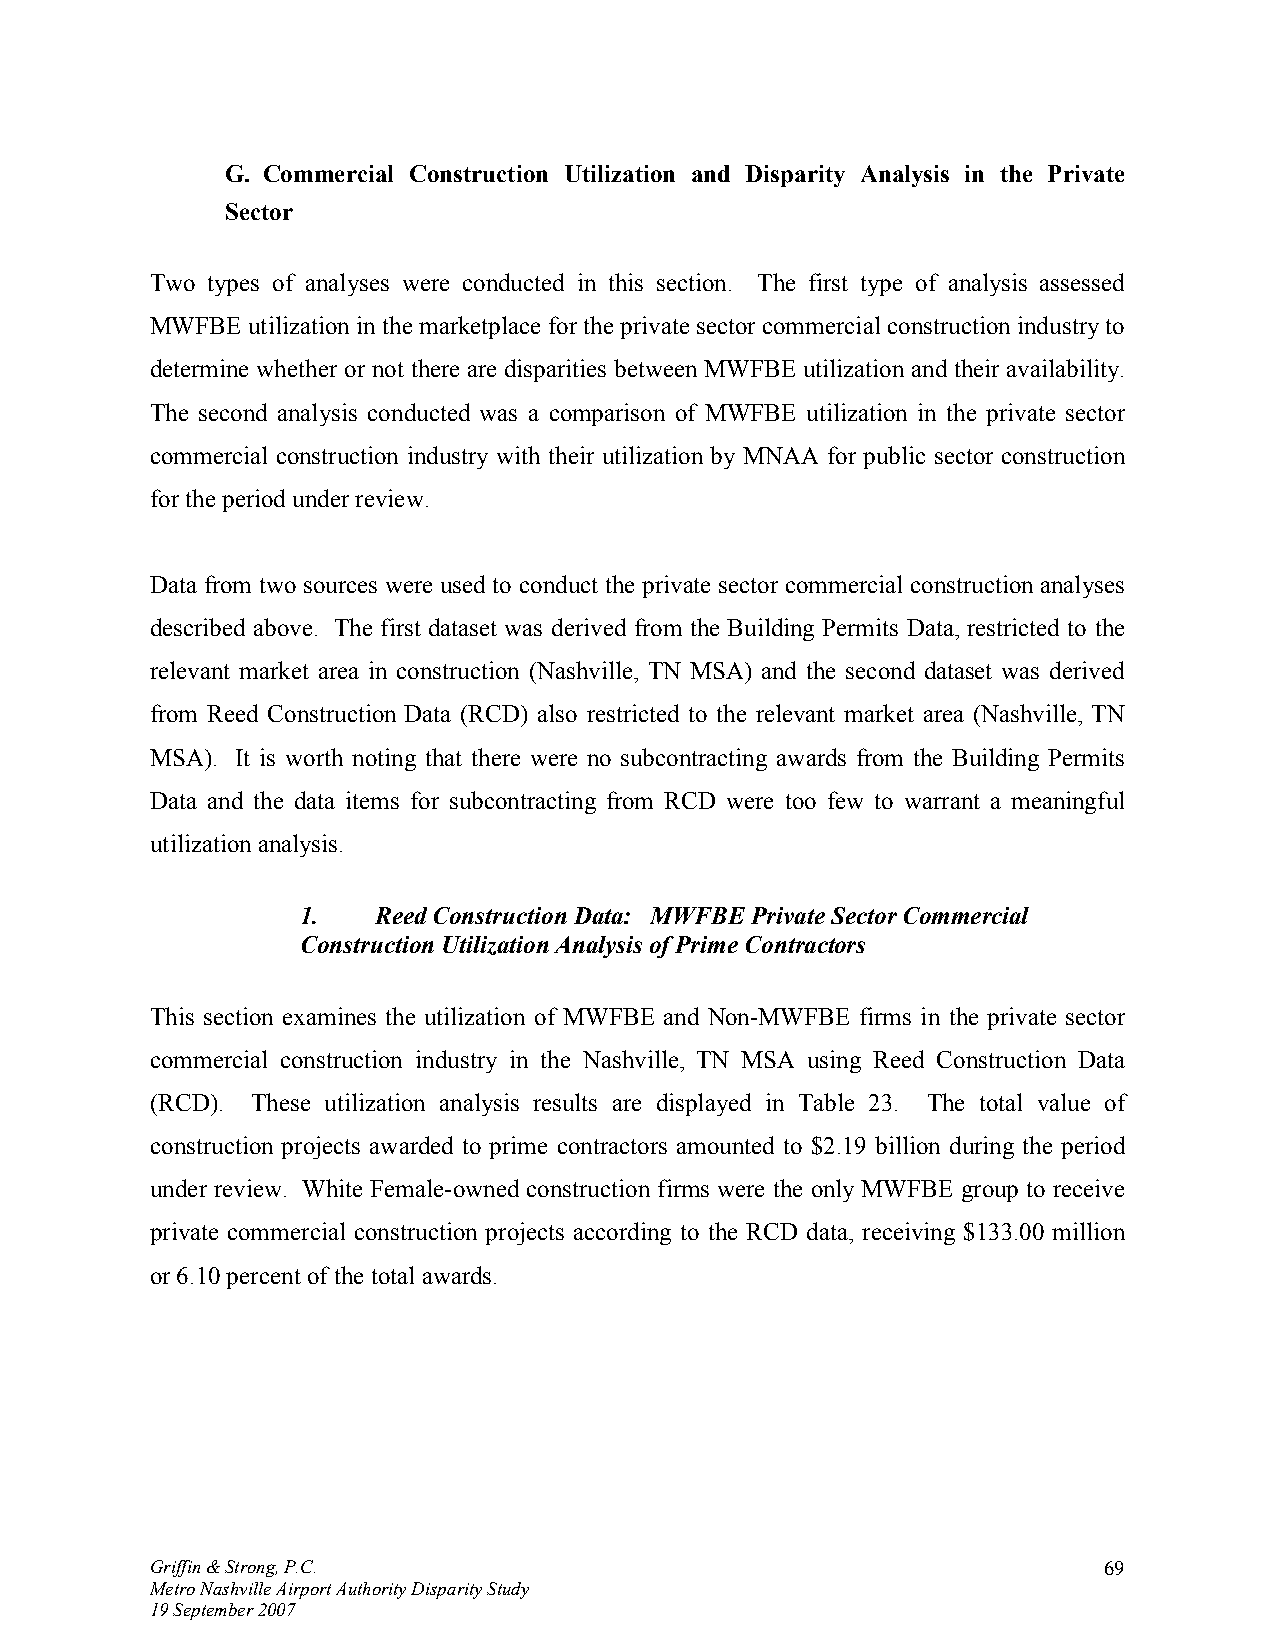
G. Commercial Construction Utilization and Disparity Analysis in the Private
 Sector
 Two types of analyses were conducted in this section. The first type of analysis assessed
 MWFBE utilization in the marketplace for the private sector commercial construction industry to
 determine whether or not there are disparities between MWFBE utilization and their availability.
 The second analysis conducted was a comparison of MWFBE utilization in the private sector
 commercial construction industry with their utilization by MNAA for public sector construction
 for the period under review.
 Data from two sources were used to conduct the private sector commercial construction analyses
 described above. The first dataset was derived from the Building Permits Data, restricted to the
 relevant market area in construction (Nashville, TN MSA) and the second dataset was derived
 from Reed Construction Data (RCD) also restricted to the relevant market area (Nashville, TN
 MSA). It is worth noting that there were no subcontracting awards from the Building Permits
 Data and the data items for subcontracting from RCD were too few to warrant a meaningful
 utilization analysis.
 1.   Reed Construction Data: MWFBE Private Sector Commercial
 Construction Utilization Analysis of Prime Contractors
 This section examines the utilization of MWFBE and Non-MWFBE firms in the private sector
 commercial construction industry in the Nashville, TN MSA using Reed Construction Data
 (RCD). These utilization analysis results are displayed in Table 23. The total value of
 construction projects awarded to prime contractors amounted to $2.19 billion during the period
 under review. White Female-owned construction firms were the only MWFBE group to receive
 private commercial construction projects according to the RCD data, receiving $133.00 million
 or 6.10 percent of the total awards.
 Griffin & Strong, P.C.                                         69
 Metro Nashville Airport Authority Disparity Study
 19 September 2007